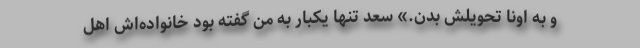
و به اونا تحویلش بدن.» سعد تنها یکبار به من گفته بود خانواده‌اش اهل